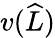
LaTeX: v(\widehat{L})